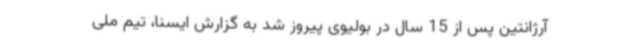
آرژانتین پس از 15 سال در بولیوی پیروز شد به گزارش ایسنا، تیم ملی